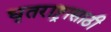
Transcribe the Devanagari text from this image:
धृतराष्ट्रासाठी